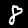
Digit: 8